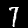
Label: 7